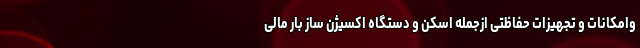
وامکانات و تجهیزات حفاظتی ازجمله اسکن و دستگاه اکسیژن ساز بار مالی